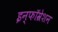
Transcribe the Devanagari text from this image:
इन्फॉम्रेशन